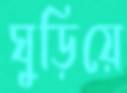
ঘুড়িয়ে